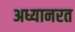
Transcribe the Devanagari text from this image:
अध्यानरत